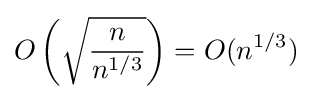
O\left({\sqrt {\frac {n}{n^{1/3}}}}\right)=O(n^{1/3})